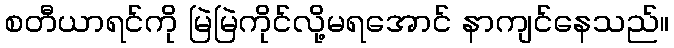
စတီယာရင်ကို မြဲမြဲကိုင်လို့မရအောင် နာကျင်နေသည်။